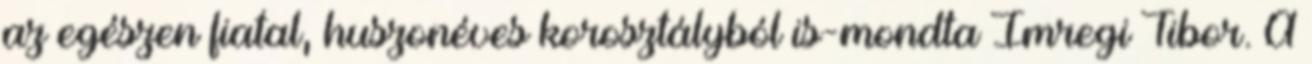
az egészen fiatal, huszonéves korosztályból is-mondta Imregi Tibor. A